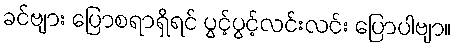
ခင်ဗျား ပြောစရာရှိရင် ပွင့်ပွင့်လင်းလင်း ပြောပါဗျာ။